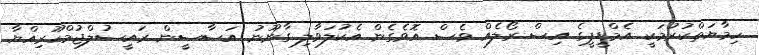
ހިމާޔަތްކުރުމަކީ އެމްޑީޕީގެ އިސް ރޯލެއް ވެސް އޮވެގެން އެކުލަވާލި ގާނޫނު އަސާސީން ރައީސުލްޖުމްހޫރިއްޔާ